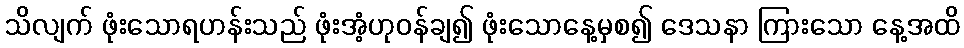
သိလျက် ဖုံးသောရဟန်းသည် ဖုံးအံ့ဟုဝန်ချ၍ ဖုံးသောနေ့မှစ၍ ဒေသနာ ကြားသော နေ့အထိ